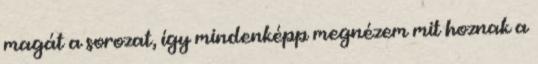
magát a sorozat, így mindenképp megnézem mit hoznak a